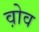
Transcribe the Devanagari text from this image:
व़ोव